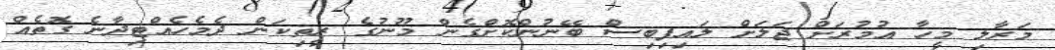
މަރާލި މީހާ އުމުރަށް ޖަލަށް ލައިފިބިސް ބޭނުންކޮށްގެން މޫނުގެ ރީތިކަން ދެމެހެއްޓިދާނެ ގޮތެއް